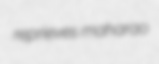
reprieves maharao